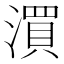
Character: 㵋